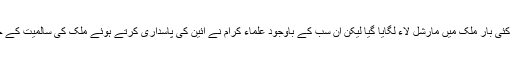
ملک کی آزادی کے بعد سے کئی بار ملک میں مارشل لاء لگایا گیا لیکن ان سب کے باوجود علماء کرام نے آئین کی پاسداری کرتے ہوئے ملک کی سالمیت کے حوالے سے اپنا کردار ادا کیا ۔